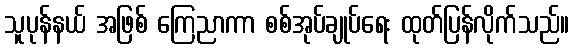
သူပုန်နယ် အဖြစ် ကြေညာကာ စစ်အုပ်ချုပ်ရေး ထုတ်ပြန်လိုက်သည်။